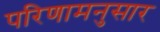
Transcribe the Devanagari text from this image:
परिणामनुसार